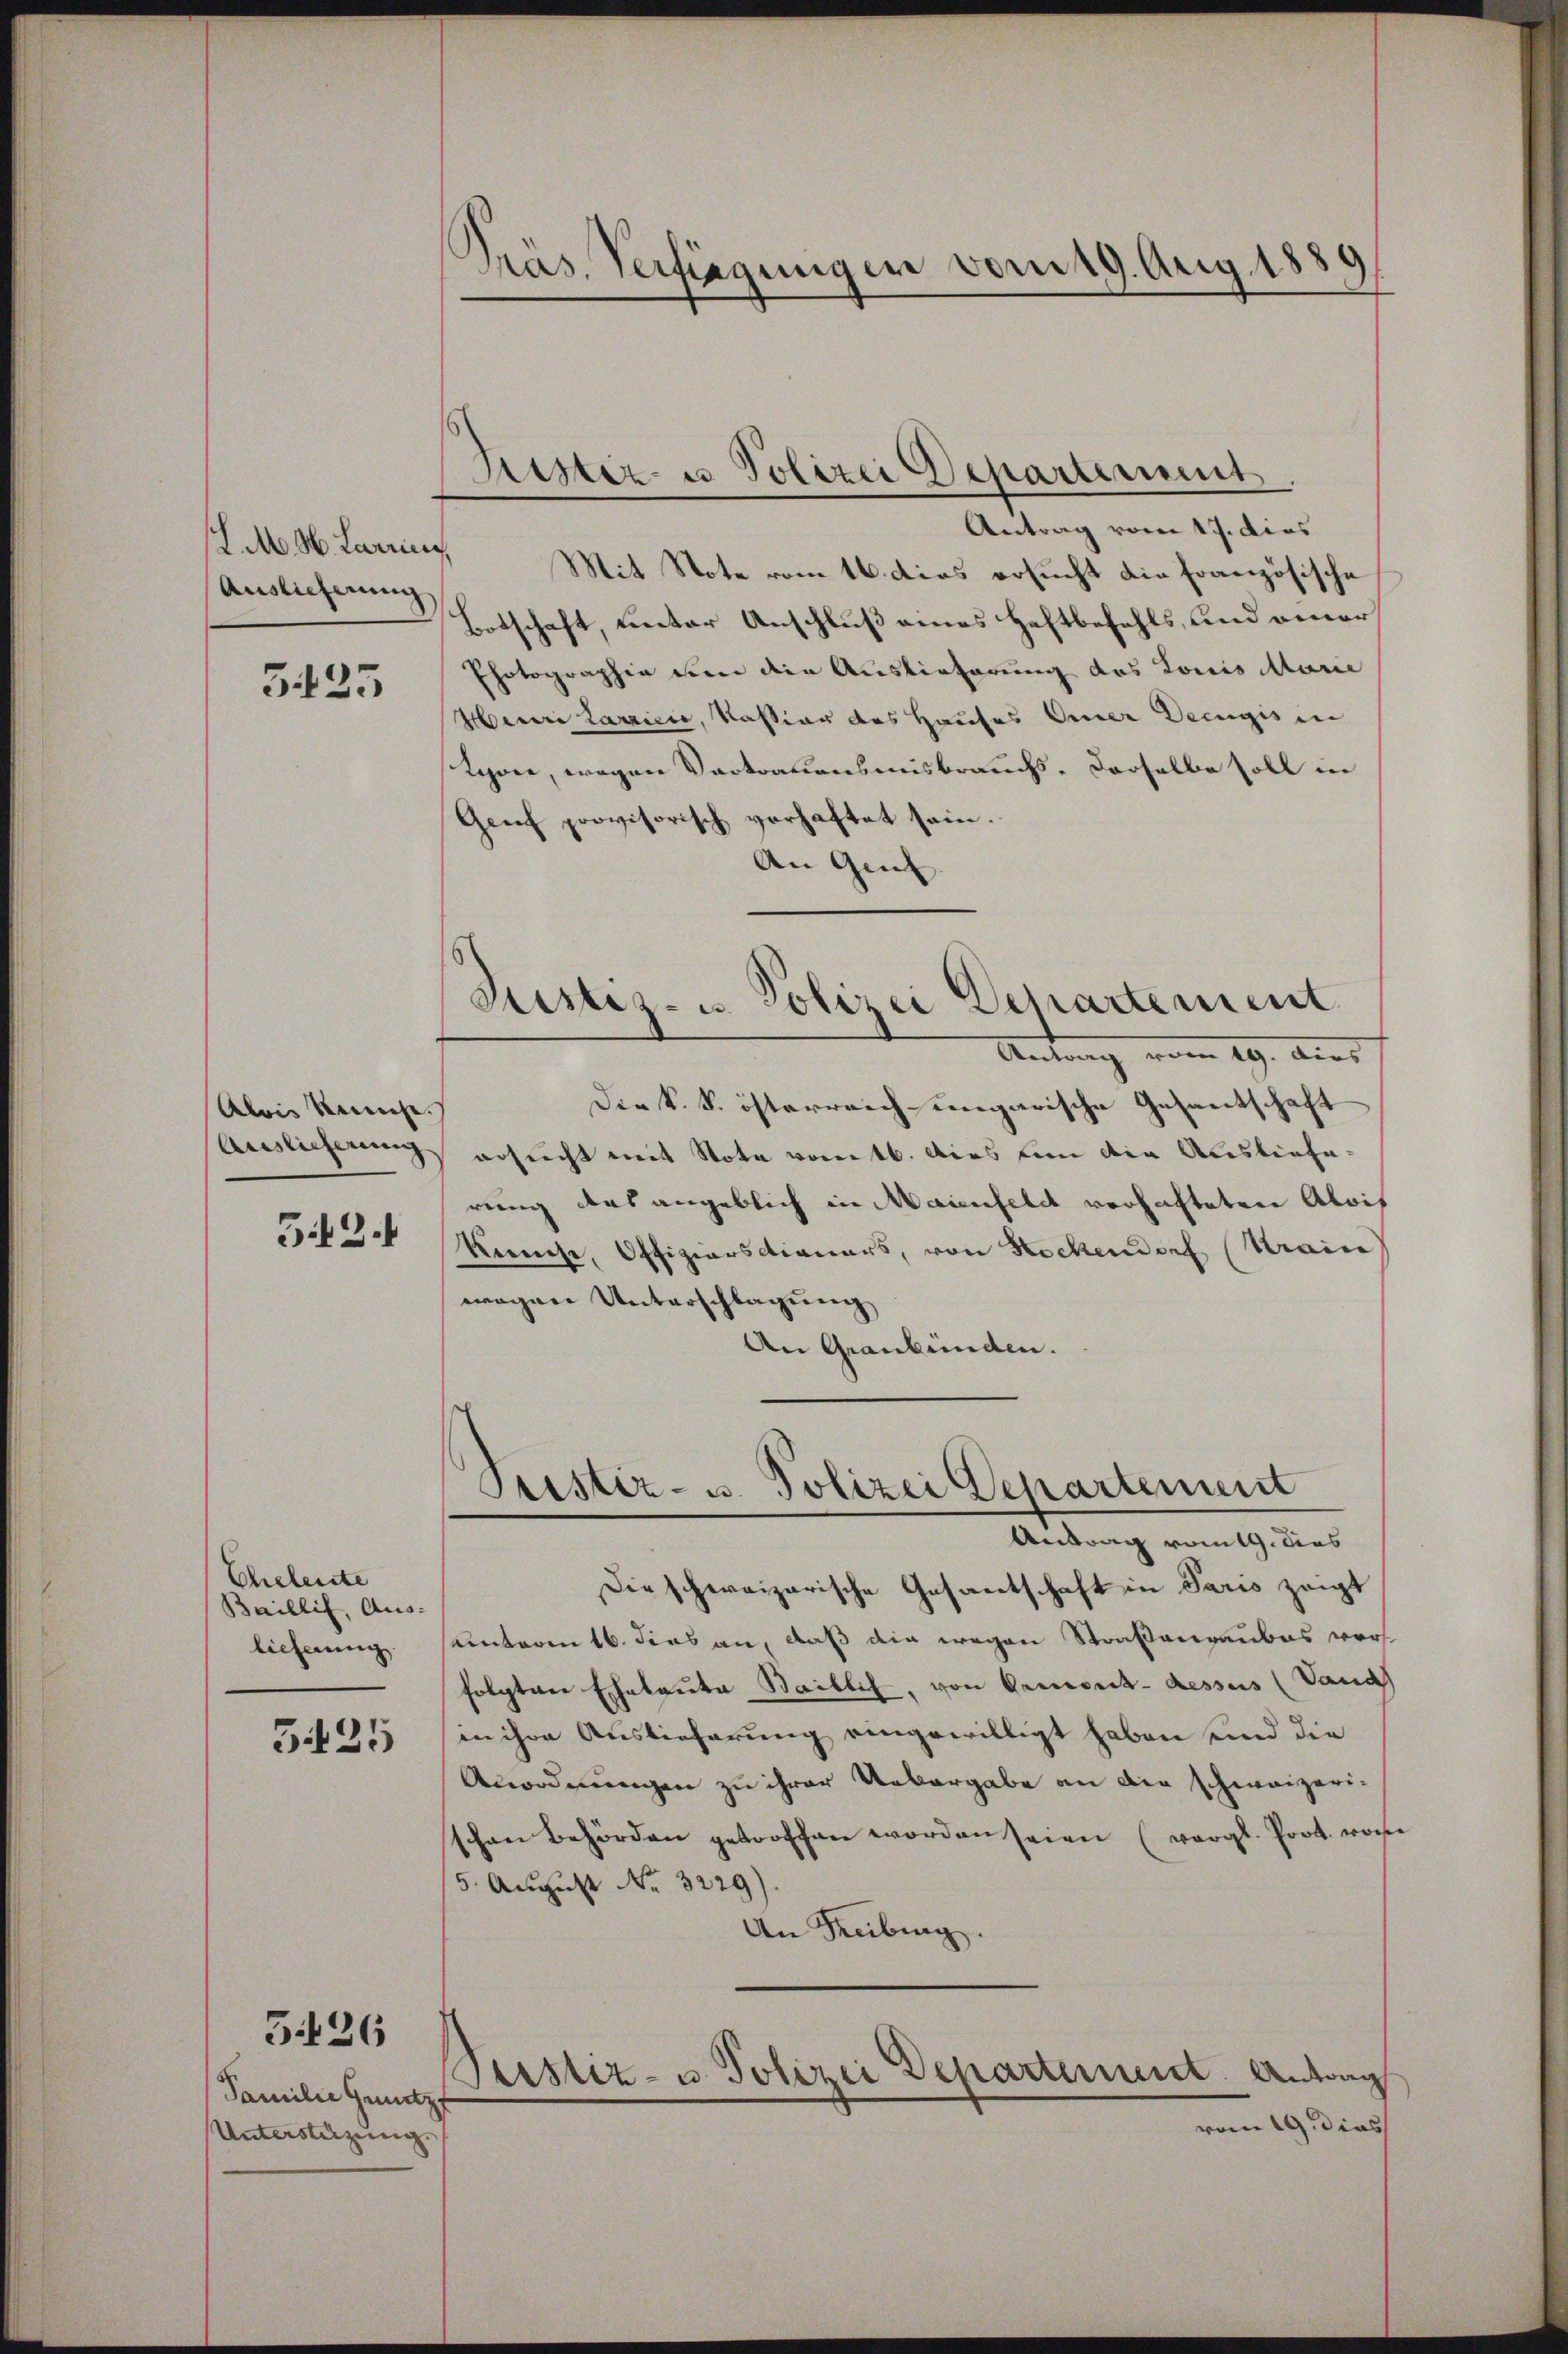
/. M. M. Larrius
Auslieferung

333

Alois kenne.
Auslieferung

5.42.

Cheleute
Baillis, Aus-
lieferung

5435

Familie Gundz
Unterstüzung

5426

Präs. Verfügungen vom 19. Aug. 1880

Antrag vom 17. dies
Mit Note vom 16. dies ersucht die französische
Botschaft, unter Anschluß eines Haftbefehls, und einer
Photographie den die Auslieferung des Louis Marie
Henri Larriere, Kassian des Hauses Einer Decugis in
Lyon, wegen Vertrauensmisbrauchs- derselbe soll in
Genf provisorisch vorhaftet sein.
An Gel
Justiz- u. Polizei Departement
Antrag vom 19. Aus
Die k. k. österreich ungarische Gesantschaft
ersucht mit Note vom 16. Dies um die Auslieferung das angeblich in Maienfeld verhafteten Alois
Kunst, Offiziarsdieners, von Rockendorf (Kraine
wogene Unterschlagung
An Graubünden.

Kister- u Polizei Departement

Prestiz- u. Polizei Departement

Antrag vom 19. dies
Die schweizerische Gesantschaft in Paris zeigt
unteren 16. dies an, daß die wegen Straßenraubes vors
folgten Eheleute Baillis, von Ormont-dessus (Vand
an ihre Auslieferung eingewilligt haben und die
Anordnungen zu ihrer Uebergabe an die schweizerischen Behörden getroffen worden seien (vergl. Prot. woche
5. August No. 3229).
An Freiburg.
Peistiz- u. Polizei Departement. Antrag
vom 19. dies